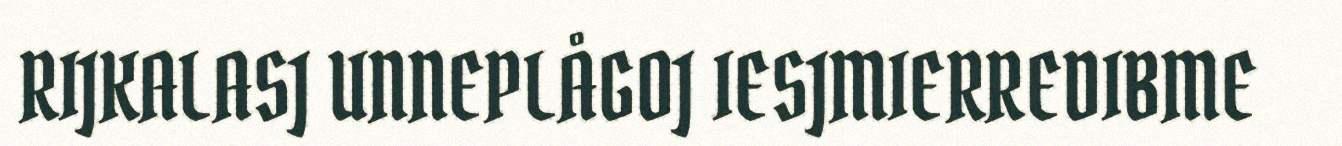
RIJKALASJ UNNEPLÅGOJ IESJMIERREDIBME